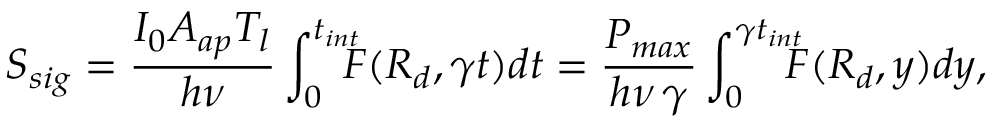
S _ { s i g } = \frac { I _ { 0 } A _ { a p } T _ { l } } { h \nu } \int _ { 0 } ^ { t _ { i n t } } \! \! \! \! F ( R _ { d } , \gamma t ) d t = \frac { P _ { m a x } } { h \nu \, \gamma } \int _ { 0 } ^ { \gamma t _ { i n t } } \! \! \! \! F ( R _ { d } , y ) d y ,